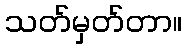
သတ်မှတ်တာ။